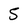
Character: 5